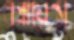
এপ্লায়েন্স